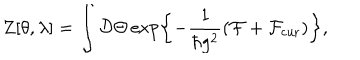
Z [ \theta , \lambda ] = \int { \cal D } \Theta \exp \left\{ - \frac { 1 } { \hbar g ^ { 2 } } \left( { \cal F } + { \cal F } _ { \mathrm { c u r } } \right) \right\} ,